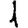
Digit: 1